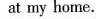
at my home.